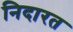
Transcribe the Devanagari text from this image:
निदारत